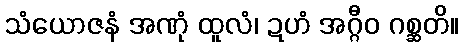
သံယောဇနံ အဏုံ ထူလံ၊ ဍဟံ အဂ္ဂီဝ ဂစ္ဆတိ။